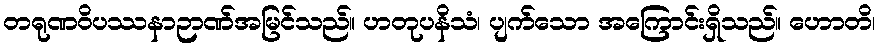
တရုဏဝိပဿနာဉာဏ်အမြင်သည်။ ဟတုပနိသံ၊ ပျက်သော အကြောင်းရှိသည်။ ဟောတိ၊